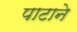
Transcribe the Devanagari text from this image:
पाटाने